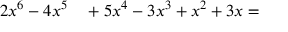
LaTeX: \begin{array} { r l } { 2 x ^ { 6 } - 4 x ^ { 5 } } & { { } + 5 x ^ { 4 } - 3 x ^ { 3 } + x ^ { 2 } + 3 x = } \end{array}